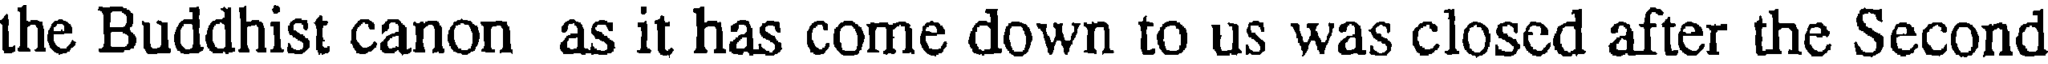
the Buddhist canon as it has come down to us was closed after the Second